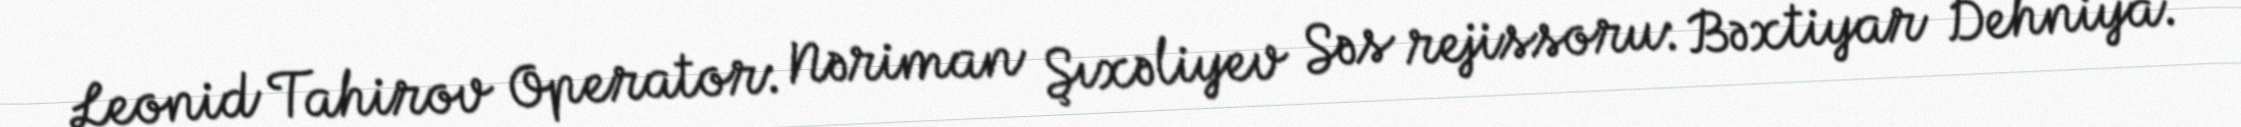
Leonid Tahirov Operator: Nəriman Şıxəliyev Səs rejissoru: Bəxtiyar Dehniya.